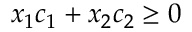
x _ { 1 } c _ { 1 } + x _ { 2 } c _ { 2 } \geq 0